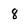
Character: 8